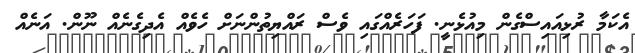
އެކަމާ ރުޅިއައިސްގެން މިއުޅެނީ. ފަހަރެއްގައި ވެސް ރައްޔިތުންނަށް ހެވެއް އެދިގެނެެއް ނޫން. އަނެއް